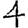
Digit: 4